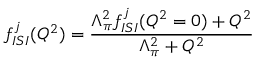
f _ { I S I } ^ { j } ( Q ^ { 2 } ) = \frac { \Lambda _ { \pi } ^ { 2 } f _ { I S I } ^ { j } ( Q ^ { 2 } = 0 ) + Q ^ { 2 } } { \Lambda _ { \pi } ^ { 2 } + Q ^ { 2 } }